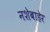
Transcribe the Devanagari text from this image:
नशेबाहेर